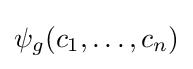
\psi _{g}(c_{1},\ldots ,c_{n})